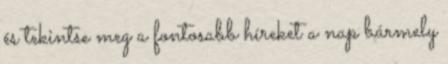
és tekintse meg a fontosabb híreket a nap bármely